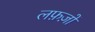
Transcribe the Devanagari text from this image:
लफ़ज़ों